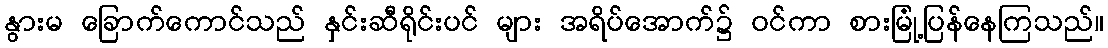
နွားမ ခြောက်ကောင်သည် နှင်းဆီရိုင်းပင် များ အရိပ်အောက်၌ ဝင်ကာ စားမြုံ့ပြန်နေကြသည်။